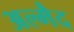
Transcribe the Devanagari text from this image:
अल्मैद